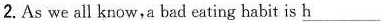
2.As we all know,a bad eating habit is \underline{h}